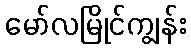
မော်လမြိုင်ကျွန်း